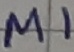
Text: MI